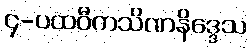
၄-ပထဝီကသိဏနိဒ္ဒေသ